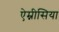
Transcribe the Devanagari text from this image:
ऐम्नीसिया